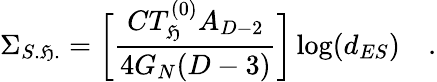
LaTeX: \Sigma_{S.\mathfrak{H}.}=\biggl[\frac{{CT_{\mathfrak{H}}^{(0)}A_{D-2}}}{{4G_{N}(D-3)}}\biggr]\log(d_{ES})\quad.